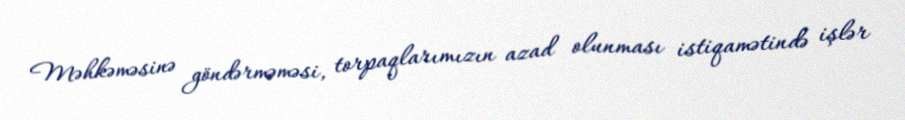
Məhkəməsinə göndərməməsi, torpaqlarımızın azad olunması istiqamətində işlər